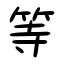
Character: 等